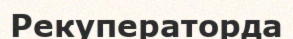
Рекуператорда